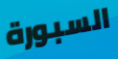
السبورة